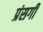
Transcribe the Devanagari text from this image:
प्रंसगी